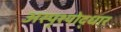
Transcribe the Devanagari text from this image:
अस्पृश्योद्धार